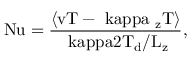
\mathrm { { N u } = \frac { \langle v T - \ k a p p a \partial _ { z } T \rangle } { \ k a p p a 2 T _ { d } / L _ { z } } , }